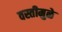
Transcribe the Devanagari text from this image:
वस्तीमुळे